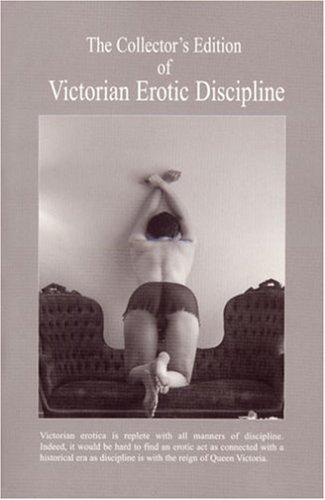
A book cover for Victorian Erotic Discipline; Romance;